Vaccination in the Punjab 1883-1896 - 1883-1896
Year: 1883
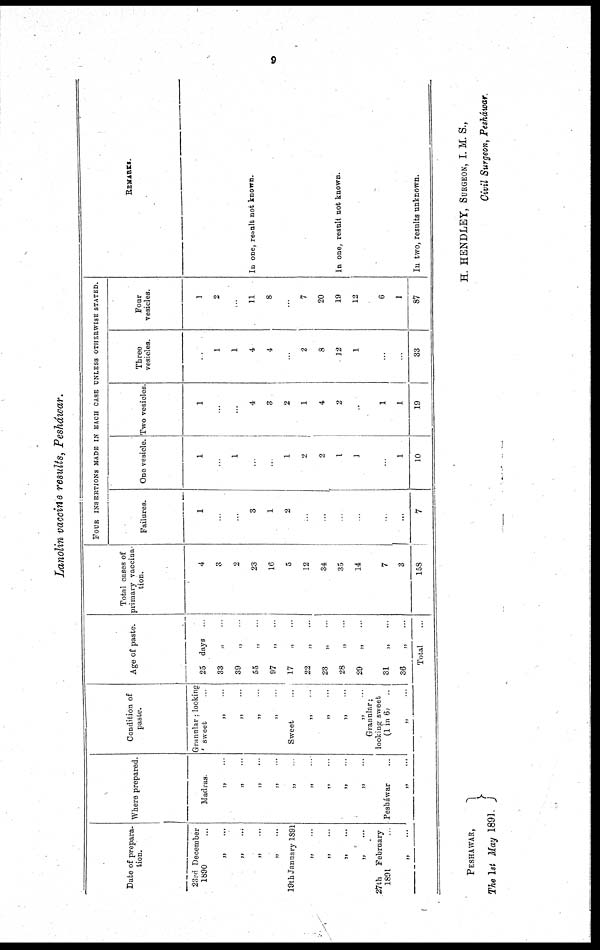
9
Lanolin vaccine results, Pesháwar.
Date of prepara-
-ion.
23rd December
1890 ...
„ ...
„
...
„
...
„
...
19th January 1891
„
...
„ ...
„ ....
„
...
27th
February
1891
„
...
Where prepared.
Madras.
„ ...
„ ...
„
...
„
...
„ ...
„ ...
„ ...
„ ...
„ ...
Pesháwar ...
„
...
Condition of
paste.
Granular; looking
sweet ...
„ ...
„ ...
„ ...
„ ...
Sweet ...
„ ...
„ ...
„ ...
„ ...
Granular;
looking sweet
(1 in 6) ...
„ ...
Age of paste.
25 days ...
33 „ ...
39 „ ...
55 „ ...
97
„
...
17 „ ...
22
„
...
23 „ ...
28 „ ...
29 „ ...
31
„
...
36
„
...
Total ...
Total cases of
primary vaccina-
tion.
4
3
2
23
16
5
12
34
35
14
7
3
158
FOUR INSERTIONS MADE IN EACH CASE UNLESS OTHERWISE STATED.
Failures.
1
...
...
3
1
2
...
...
...
...
...
...
7
One vesicle.
1
...
1
...
...
1
2
2
1
1
...
1
10
Two vesicles.
1
...
...
4
3
2
1
4
2
...
1
1
19
Three
vesicles.
...
1
1
4
4
...
2
8
12
1
...
...
33
Four
vesicles.
1
2
...
11
8
...
7
20
19
12
6
1
87
REMARKS.
In one, result not known.
In one, result not known.
In two, results unknown.
PESHAWAR,
The 1st May 1891.
H. HENDLEY, SURGEON, I. M. S.,
Civil Surgeon, Pesháwar.